Report on horse surra - Volume I
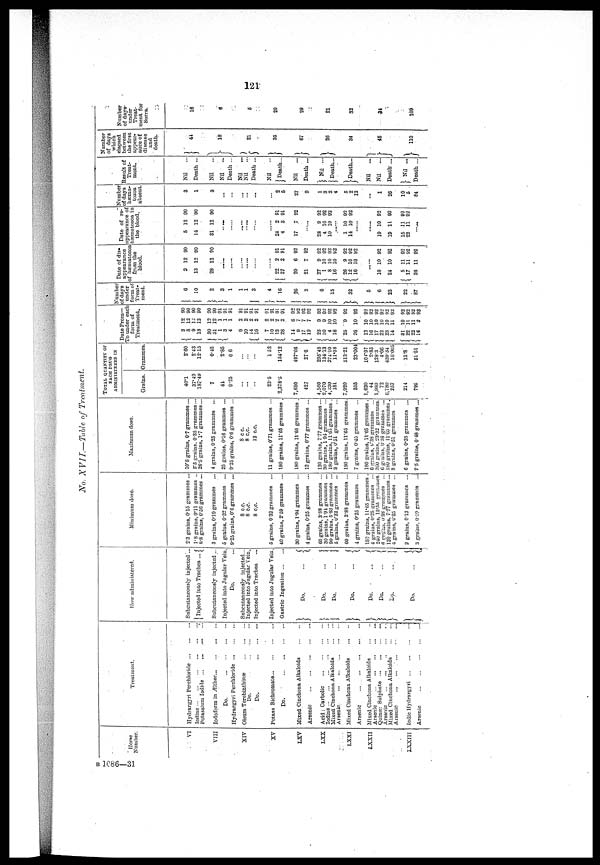
121
No. XVII—Table
of Treatment
Horse
Number.
VI
VIII
XIV
XV
LXV
LXX
LXXI
LXXII
XXXIII
Treatment.
Hydrargyri Perchloride
Iodine
...
Potassium Iodide
Iodoform in Æther
Do.
Hydrargyri Perchloride ...
Oleum
Terebinthinæ
Do. —
Do.
Potaas Bichromate
Do.
...
Mixed Cinchona Alkaloids
Arsenic
Acid: Carbolic
Iodine
Mixed Cinchona Alkaloids
Arsenic
Mixed Cinchona Alkaloids
Arsenic
...
Mixed Cinchona Alkaloids
Arsenic
Quinæ: Sulphate
Arsenic
Mixed Cinchona Alkaloids
,
Arsenic
...
...
...
.
Iodic Hydrargyri
Arsenic
How administered.
Snbcutaneously injected...
Injected into Trachea ...
Subcutaneously injocted...
Injected into Jugular Vein.
Do.
Subcutaneously injected...
Injected into Jugular Vein.
Injected into Trachea
Injected into Jugular Vein.
Gastric Ingestion
Do. ...
Do.
...
Do.
...
Do. ...
Do.
...
Do.
...
Do. ...
Do.
...
Minimum dose.
2.3 grains, 0.15 grammes ...
1.8 grains, 0.11 grammos ..
8.8 grains, 0.56 grammes ...
3 grains, 0.19 grammes ...
5 grains, 0.32 grammes ...
9.25 grains, 0.6 grammes ...
8 c.c.
8 c.c.
8 c.c.
5 grains, 0.32 grammes ...
40 grains, 2.59 grammes ...
30 grains, 1.94 grammes ...
4 grains, 0.25 grammes ...
60 grains, 3.S8 grammes ....
30 grains, 1.91 grammes ...
90 graius, 5.83 grammes ...
5 grains, 0.33 grammes ...
60 grains, 3.83 grammos ...
4 grains, 0.25 grammes ...
180 grains, 11.65 grammes .
4 grains, 0.25 grammes ...
240 grains, 15.35 grammes.
6 grains, 0.38 grammes ...
120 grains, 777 grammes...
4 grains, 0.25 grammes ...
2 graius, 0.13 grammes ...
3 grnuin, 0.19 grammes ...
Maximum dose.
10.8 grains, 07 grammes ...
5.5 grains, 0.35 grammes —
26.5 grains, 1.7 grammes...
4 grains, 0.25 grammes ...
25 grains, 0.16 grammes ...
9.25 grains, 0.6 grammes ...
8 c. c.
8 c. c.
12 c.c.
11 grains, 0.71 grammes ...
180 grains, 11.65 grammes .
180 grains, 11.65 grammes .
12 grains, 0.77 grammes ...
120 grains, 777 grammes...
30 grains, 194 grammes ...
180 grains, 11.65 grammes .
8 grains, 0.51 grammes ...
180 grains, 11.65 grammes.
7 grains, 0.45 grammes ...
180 grains, 11.65 grammes .
6 grains, 0.38 grammes ...
300 grnins, 23.32 grammes.
6 grains, 6.38 grammes ...
180 grains, 11.65 grammes.
8 grains, 051 grammes ...
6 grains, 0.3S grammes ...
7.5 grains,0.48 grammes .„
i
TOTAL QUANTITY OF
EACH DRUG
ADMINISTERED IN
Grains.
40.1
37.49
187.49
7
44
9.25
...
...
...
23.5
2,378.5
7,680
427
4,560
2,070
4,230 181
7,920
355
1,620
44
1,9S0
72
6,780
257
214
795
1
Grammes
2.60
243
12.15
0.45
2.85
0.6
...
...
...
152
154.12
497.68
27.6
295.48
134.13
274.10
11.08
51321
23.004
104.97
2.85
128.3
4.66
439.34
16.005
13.8
51.51
Date From—
To under each
form of
Treatment.
3 12 90
8 12 90
9 11 90
18 12 90
30 12 90
31 12 90
1 1 91
3 1 91
4 1 91
9 2 91
10 2 91
{ 16 2 91
7 2 91
10 2 91
13 2 91
28 2 91
14 6 92
9 7 92
17 7 92
19 7 92
25 9 92
30 9 92
4 10 92
18 10 92
25 9 92
20 10 92
12 10 92
16 10 92
17 10 92
22 10 92
23 10 92
14 11 92
31 10 92
22 11 92
22 11 92
16 2 93
6
10
2
3
1
1
1
3
4
16
26
3
6
15
32
5
6
23
22
87
Date of dis-
appearance
of hæmatozoa
from the
blood.
2 12 90
13 12 90
28 12 90
(22 2 91
(27 2 91
20 6 92
21 7 92
{27
9 92
1 10 92
8 10 92
16 10 92
26 9 92
12 10 92
16 10 92
18 10 92
24 10 92
5 11 92
17 11 92
26 11 92
Date of re-
appearance of:
hæmatozoa in
the blood.
5 12 90
14 12 90
31 12 90
....
......
24 2 91
4 3 91
17 .7 92
28 9 92
4 10 92
10 10 92
1 10 92
14 10 92
19 10 92
19 11 92
15 11 92
22 11 92
Number
of days
hæma-
tozoa
absent.
3
1
3
...
:::
...
2
5
27
9
1
3
2
4
5
2
12
1
20
10
5
84
Result of
Treat-
ment.
Nil
...
Death ...
Nil
Nil
...
Death ...
Nil
...
Nil ...
Death ...
Nil
Death...
Nil
Death ...
Nil ...
Death...
Death...
Nil
...
Nil
Death...
Nil ...
Death ...
Number
of days
which
elapsed
between
the first
appear-
ance of
disease
and
death.
44
18
21
35
67
26
34
45
110
Number
of days-
under
Treat-
ment for
Surra.
16
6
20
29
21
32
34
109
B 1086—31